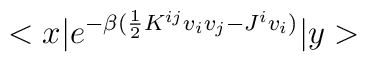
<x|e^{-\beta (\frac{1}{2}K^{ij}v_iv_j-J^iv_i)}|y>